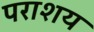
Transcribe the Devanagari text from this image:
पराशय